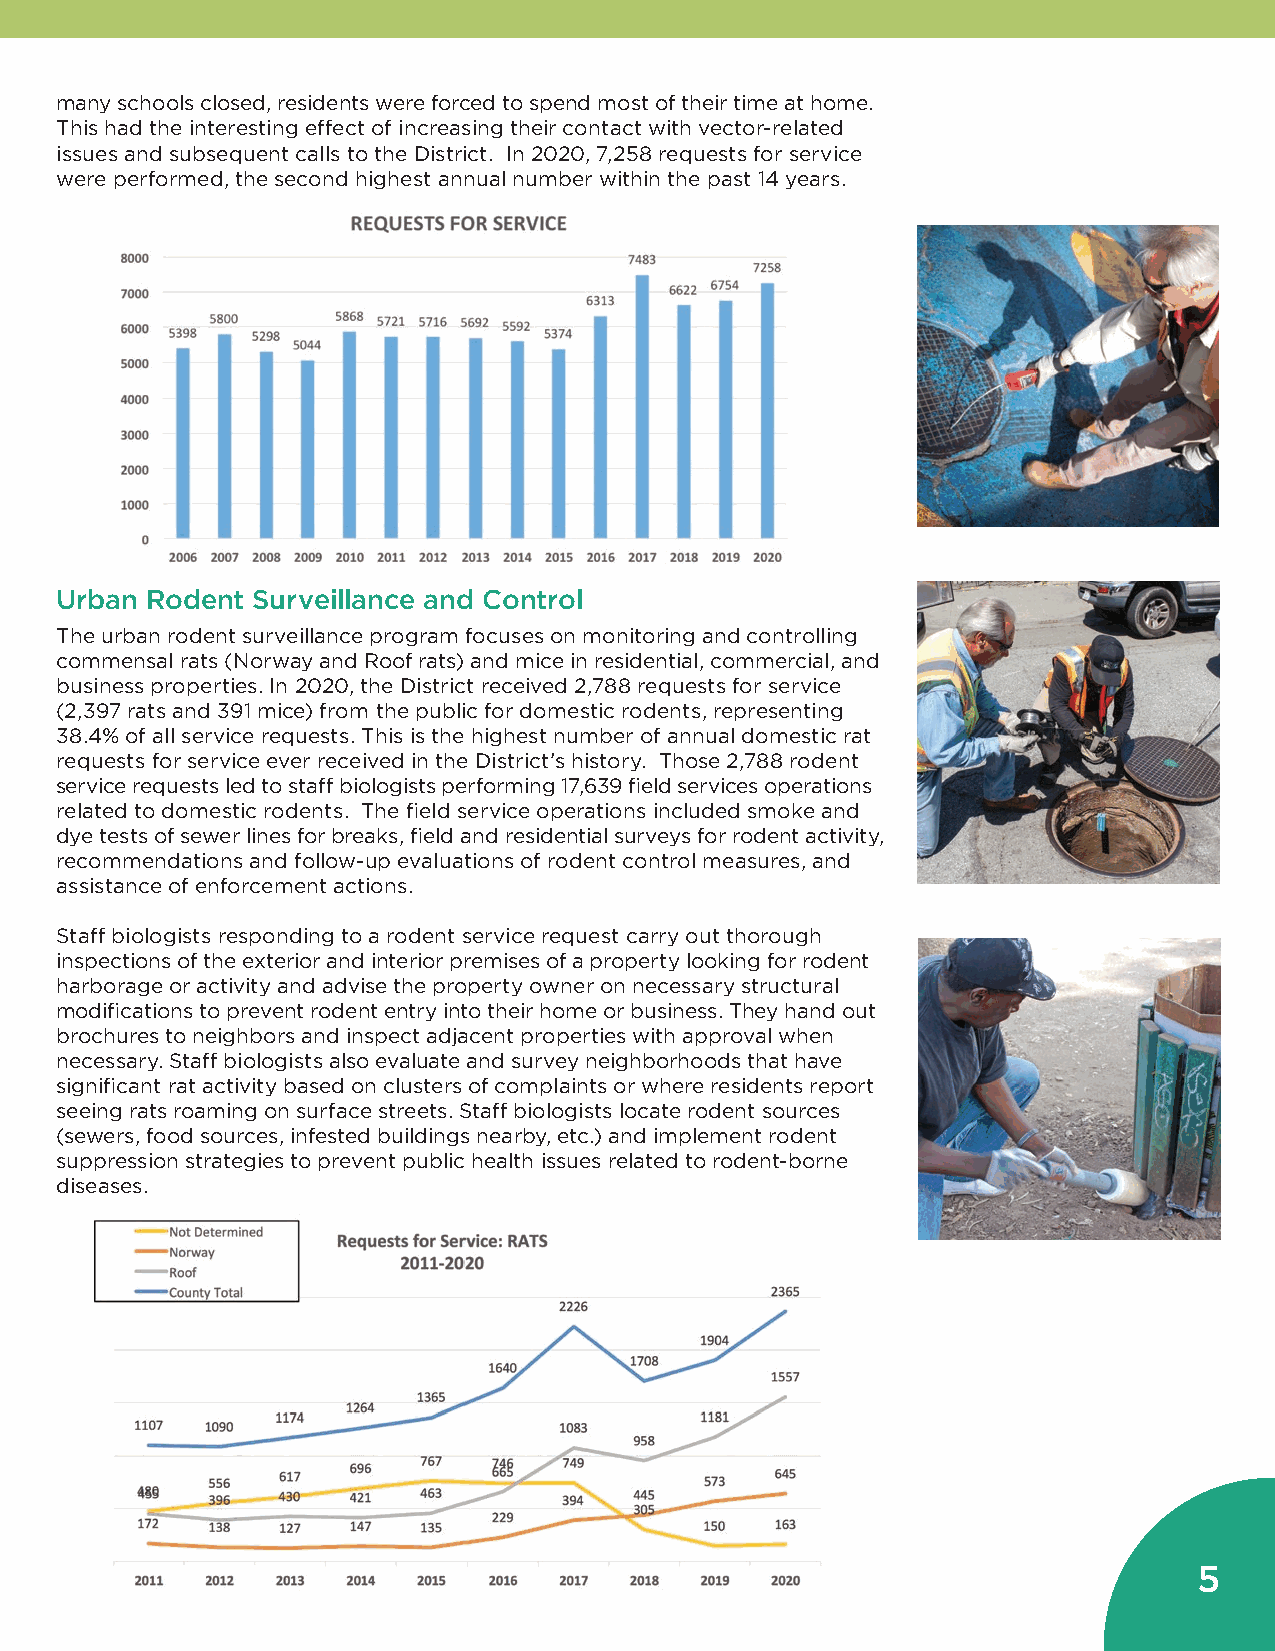
many schools closed, residents were forced to spend most of their time at home.
 This had the interesting effect of increasing their contact with vector-related
 issues and subsequent calls to the District. In 2020, 7,258 requests for service
 were performed, the second highest annual number within the past 14 years.
 Urban Rodent Surveillance and Control
 The urban rodent surveillance program focuses on monitoring and controlling
 commensal rats (Norway and Roof rats) and mice in residential, commercial, and
 business properties. In 2020, the District received 2,788 requests for service
 (2,397 rats and 391 mice) from the public for domestic rodents, representing
 38.4% of all service requests. This is the highest number of annual domestic rat
 requests for service ever received in the District’s history. Those 2,788 rodent
 service requests led to staff biologists performing 17,639 field services operations
 related to domestic rodents. The field service operations included smoke and
 dye tests of sewer lines for breaks, field and residential surveys for rodent activity,
 recommendations and follow-up evaluations of rodent control measures, and
 assistance of enforcement actions.
 Staff biologists responding to a rodent service request carry out thorough
 inspections of the exterior and interior premises of a property looking for rodent
 harborage or activity and advise the property owner on necessary structural
 modifications to prevent rodent entry into their home or business. They hand out
 brochures to neighbors and inspect adjacent properties with approval when
 necessary. Staff biologists also evaluate and survey neighborhoods that have
 significant rat activity based on clusters of complaints or where residents report
 seeing rats roaming on surface streets. Staff biologists locate rodent sources
 (sewers, food sources, infested buildings nearby, etc.) and implement rodent
 suppression strategies to prevent public health issues related to rodent-borne
 diseases.
 5